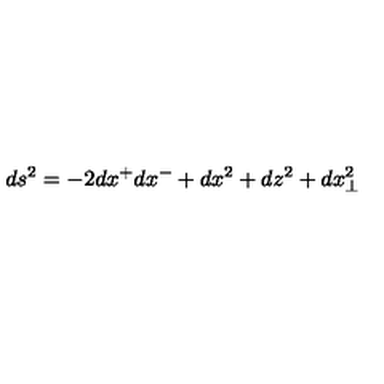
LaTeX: d s ^ { 2 } = - 2 d x ^ { + } d x ^ { - } + d x ^ { 2 } + d z ^ { 2 } + d x _ { \perp } ^ { 2 }